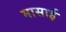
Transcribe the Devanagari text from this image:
मासाई